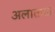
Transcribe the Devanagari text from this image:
अलाताऊ